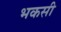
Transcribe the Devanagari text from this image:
भकसी